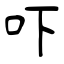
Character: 吓